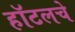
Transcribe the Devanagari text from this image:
हॉटलचे